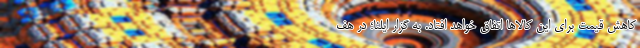
کاهش قیمت برای این کالاها اتفاق خواهد افتاد. به گزار ایلنا؛ در هف